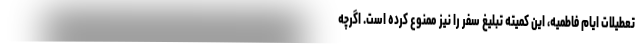
تعطیلات ایام فاطمیه، این کمیته تبلیغ سفر را نیز ممنوع کرده است. اگرچه